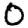
Digit: 0